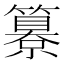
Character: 𥵺